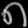
Digit: ၈